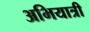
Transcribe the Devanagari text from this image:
अभियात्री